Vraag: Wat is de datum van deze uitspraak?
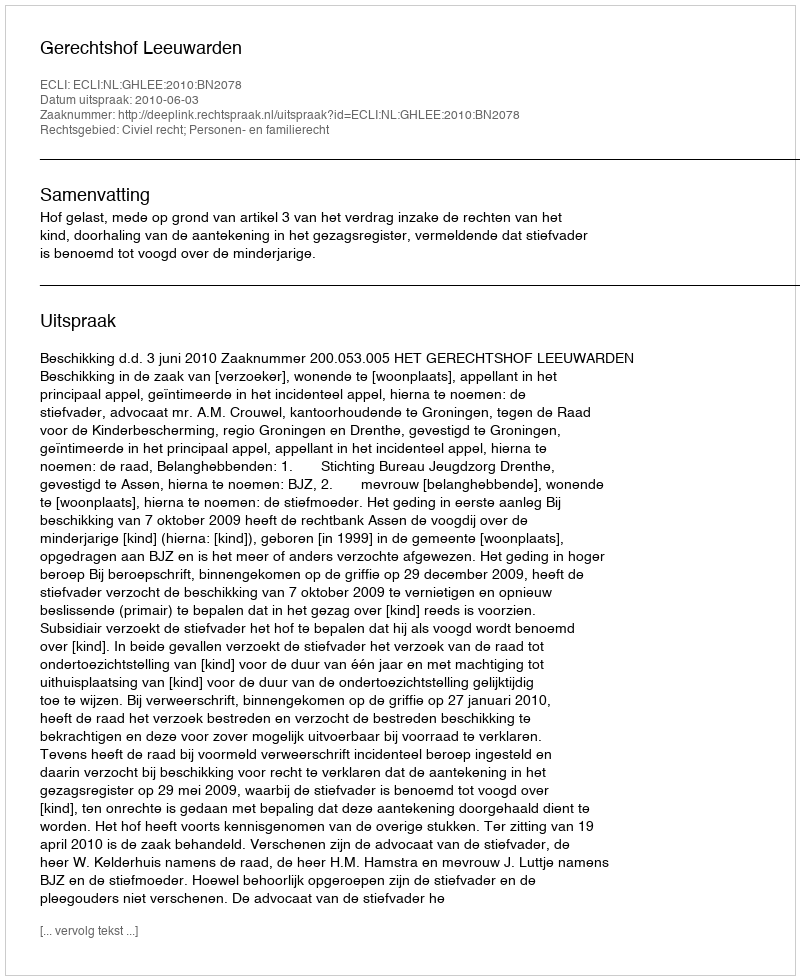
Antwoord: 2010-06-03